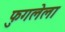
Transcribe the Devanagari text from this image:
फुगलेला